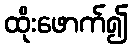
ထိုးဖောက်၍